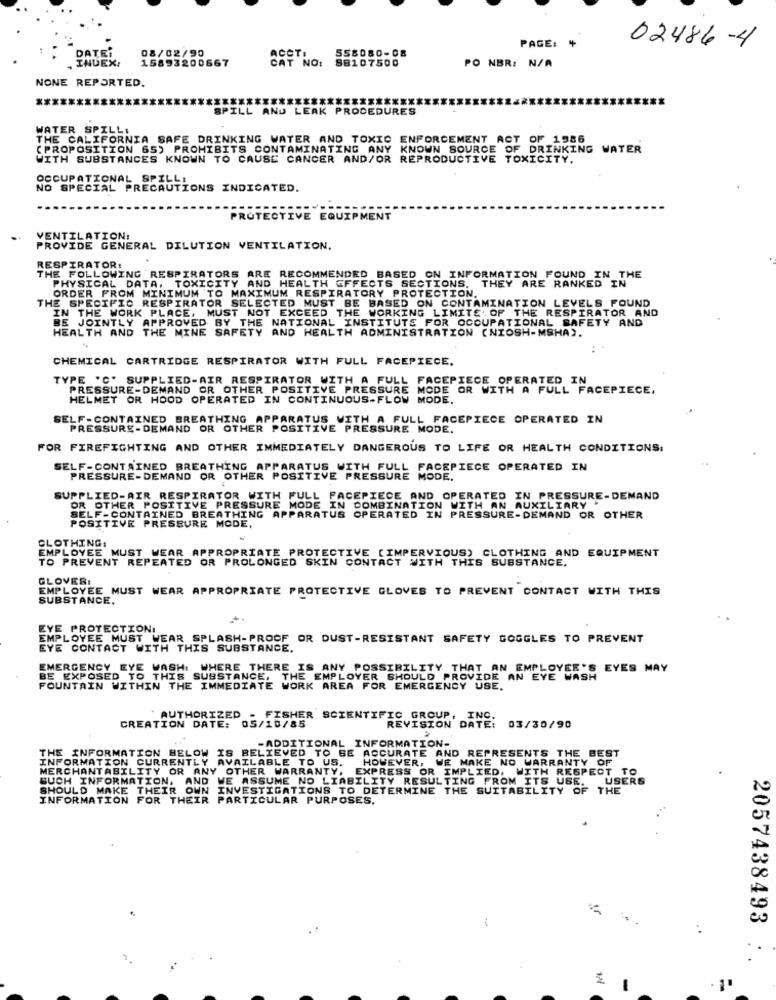
08/02/90
ACCTI
558080-08
PAGE: +
02486-4
DATE:
15893200667
CAT NO:
88107500
PO NBR: N/A
NONE REPORTED.
*******
SPILL AND LEAK PROCEDURES
WATER SPILLI
THE CALIFORNIA SAFE DRINKING WATER AND TOXIC ENFORCEMENT ACT OF 1586
(PROPOSITION 65) PROHIBITS CONTAMINATING ANY KNOWN SOURCE OF DRINKING WATER
WITH SUBSTANCES KNOWN TO CAUSE CANCER AND/OR REPRODUCTIVE TOXICITY.
OCCUPATIONAL SPILLI
NO SPECIAL PRECAUTIONS INDICATED.
PROTECTIVE EQUIPMENT
VENTILATION:
PROVIDE GENERAL DILUTION VENTILATION.
RESPIRATOR:
THE FOLLOWING RESPIRATORS ARE RECOMMENDED BASED ON INFORMATION FOUND IN THE
PHYSICAL DATA, TOXICITY AND HEALTH EFFECTS SECTIONS.
THEY ARE RANKED IN
ORDER FROM MINIMUM TO MAXIMUM RESPIRATORY PROTECTION
THE SPECIFIC RESPIRATOR SELECTED MUST BE BASED ON CONTAMINATION LEVELS FOUND
IN THE WORK PLACE, MUST NOT EXCEED THE WORKING LIMITE OF THE RESPIRATOR AND
BE JOINTLY APPROVED BY THE NATIONAL INSTITUTE FOR OCCUPATIONAL SAFETY
HEALTH AND THE MINE SAFETY AND HEALTH ADMINISTRATION (NIOSH-MSHA).
CHEMICAL CARTRIDGE RESPIRATOR WITH FULL FACEPIECE.
TYPE 'C' SUPPLIED-AIR RESPIRATOR WITH A FULL FACEPIECE OPERATED IN
PRESSURE-DEMAND OR OTHER POSITIVE PRESSURE MODE OR WITH A FULL FACEPIECE.
HELMET OR HOOD OPERATED IN CONTINUOUS-FLOW MODE.
ATHING APPARATUS WITH A FULL FACEPIECE OPERATED IN
PRESSURE-DEMAND OR OTHER POSITIVE PRESSURE MODE.
FOR FIREFIGHTING AND OTHER IMMEDIATELY DANGEROUS TO LIFE OR HEALTH CONDITIONS.
SELF-CONTAINED BREATHING APPARATUS WITH FULL FACEPIECE OPERATED IN
PRESSURE-DEMAND OR OTHER POSITIVE PRESSURE MODE.
SUPPLIED-AIR RESPIRATOR WITH FULL FACEPIECE AND OPERATED IN PRESSURE-DEMAND
OR OTHER POSITIVE PRESSURE MODE IN COMBINATION WITH AN AUXILIARY .
POSITIVE PRESSURE MODE.
SELF-CONTAINED BREATHING APPARATUS OPERATED IN PRESSURE-DEMAND OR OTHER
D IN PRESSURE-DEMAND OR OTHER
CLOTHING:
EMPLOYEE MUST WEAR APPROPRIATE PROTECTIVE (IMPERVIOUS) CLOTHING AND EQUIPMENT
TO PREVENT REPEATED OR PROLONGED SKIN CONTACT WITH THIS SUBSTANCE.
GLOVER:
EMPLOYEE MUST WEAR APPROPRIATE PROTECTIVE GLOVES TO PREVENT CONTACT WITH THIS
SUBSTANCE.
EYE PROTECTION:
EMPLOYEE MUST WEAR SPLASH-PROOF OR DUST-RESISTANT SAFETY GOGGLES TO PREVENT
EYE CONTACT WITH THIS SUBSTANCE.
EMERGENCY EYE WASH: WHERE THERE IS ANY POSSIBILITY THAT AN EMPLOYER'S EYES M
APLOYER'S EYES MAY
BE EXPOSED TO THIS SUBSTANCE. T
BE EXPOSED TO THIS SUBSTANCE, THE EMPLOYER SHOULD PROVIDE AN EYE WASH
FOUNTAIN WITHIN THE IMMEDIATE WORK AREA FOR EMERGENCY USE.
AUTHORIZED
FISHER SCIENTIFIC GROUP, INC.
CREATION DATE: 05/10/85
REVISION DATE: 03/30/90
03/30/90
-ADDITIONAL INFORMATION-
THE INFORMATION BELOW IS BELIEVED TO BE ACCURATE AND REPRESENTS THE BEST
ACCURATE AND REPRESENTS THE BEST
INFORMATION CURRENTLY AVAILABLE TO US.
HOWEVER, WE MAKE NO WARRANTY OF
MERCHANTABILITY OR ANY OTHER WARRANTY,
EXPRESS OR IMPLIED, WITH RESPECT TO
SUCH INFORMATION, AND WE ASSUME NO LIABILITY RESULTING FROM ITS USE. USERS
SHOULD MAKE THEIR OWN INVESTIGATIONS TO DETERMINE THE SUITABILITY OF THE
INFORMATION FOR THEIR PARTICULAR PURPOSES.
2057438493
:
1